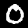
Label: 0